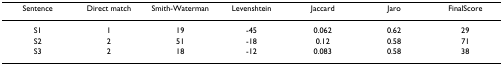
<table><thead><tr><td><b>Sentence</b></td><td><b>Direct match</b></td><td><b>Smith-Waterman</b></td><td><b>Levenshtein</b></td><td><b>Jaccard</b></td><td><b>Jaro</b></td><td><b>FinalScore</b></td></tr></thead><tbody><tr><td>S1</td><td>1</td><td>19</td><td>-45</td><td>0.062</td><td>0.62</td><td>29</td></tr><tr><td>S2</td><td>2</td><td>51</td><td>-18</td><td>0.12</td><td>0.58</td><td>71</td></tr><tr><td>S3</td><td>2</td><td>18</td><td>-12</td><td>0.083</td><td>0.58</td><td>38</td></tr></tbody></table>